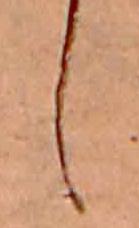
し